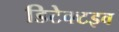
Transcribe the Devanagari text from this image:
डिटेक्टइव